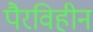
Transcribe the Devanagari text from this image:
पैरविहीन